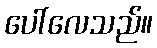
ပေါ်လေသည်။